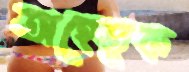
অহেতুক